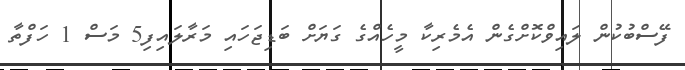
ފޭސްބުކުން ލައިވްކޮށްގެން އެމެރިކާ މީހެއްގެ ގަޔަށް ބަޑިޖަހައި މަރާލައިފި5 މަސް 1 ހަފްތާ